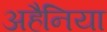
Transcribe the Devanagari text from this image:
अहैनिया